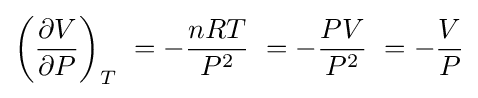
\left({\frac {\partial V}{\partial P}}\right)_{T}\ =-{\frac {nRT}{P^{2}}}\ =-{\frac {PV}{P^{2}}}\ =-{\frac {V}{P}}